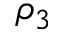
\rho _ { 3 }